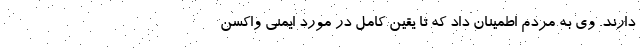
دارند. وی به مردم اطمینان داد که تا یقین کامل در مورد ایمنی واکسن